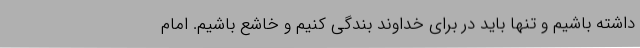
داشته باشیم و تنها باید در برای خداوند بندگی کنیم و خاشع باشیم. امام